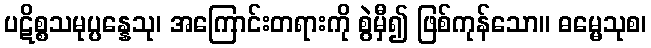
ပဋိစ္စသမုပ္ပန္နေသု၊ အကြောင်းတရားကို စွဲမှီ၍ ဖြစ်ကုန်သော။ ဓမ္မေသုစ၊